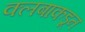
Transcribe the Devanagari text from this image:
क्लबाकडून